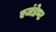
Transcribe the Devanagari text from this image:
एजंडेण्ट